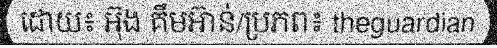
ដោយ៖ អ៊ុង គឹមអ៊ាន់/ប្រភព៖ theguardian